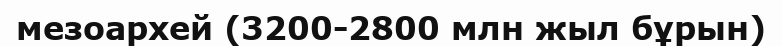
мезоархей (3200-2800 млн жыл бұрын)